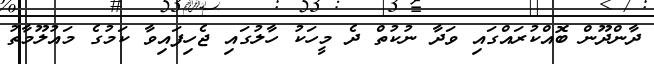
ދާންދޫން ބޮއްކުރައްގައި ވަދާ ނުކުތް ދެ މީހަކު ހާލުގައި ޖެހިފައިވާ ކަމުގެ މައުލޫމާތު